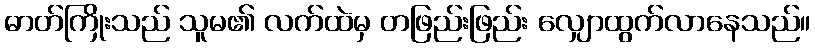
ဓာတ်ကြိုးသည် သူမ၏ လက်ထဲမှ တဖြည်းဖြည်း လျှောထွက်လာနေသည်။